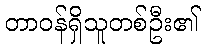
တာဝန်ရှိသူတစ်ဦး၏